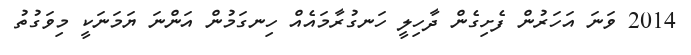
2014 ވަނަ އަހަރުން ފެށިގެން ދާހިލީ ހަނގުރާމައެއް ހިނގަމުން އަންނަ ޔަމަނަކީ މިވަގުތު